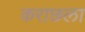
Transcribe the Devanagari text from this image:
कराछला